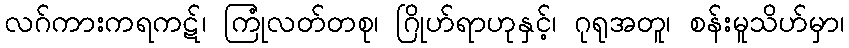
လဂ်ကားကရကဋ်၊ ကြုံလတ်တစု၊ ဂြိုဟ်ရာဟုနှင့်၊ ဂုရုအတူ၊ စန်းမူသိဟ်မှာ၊